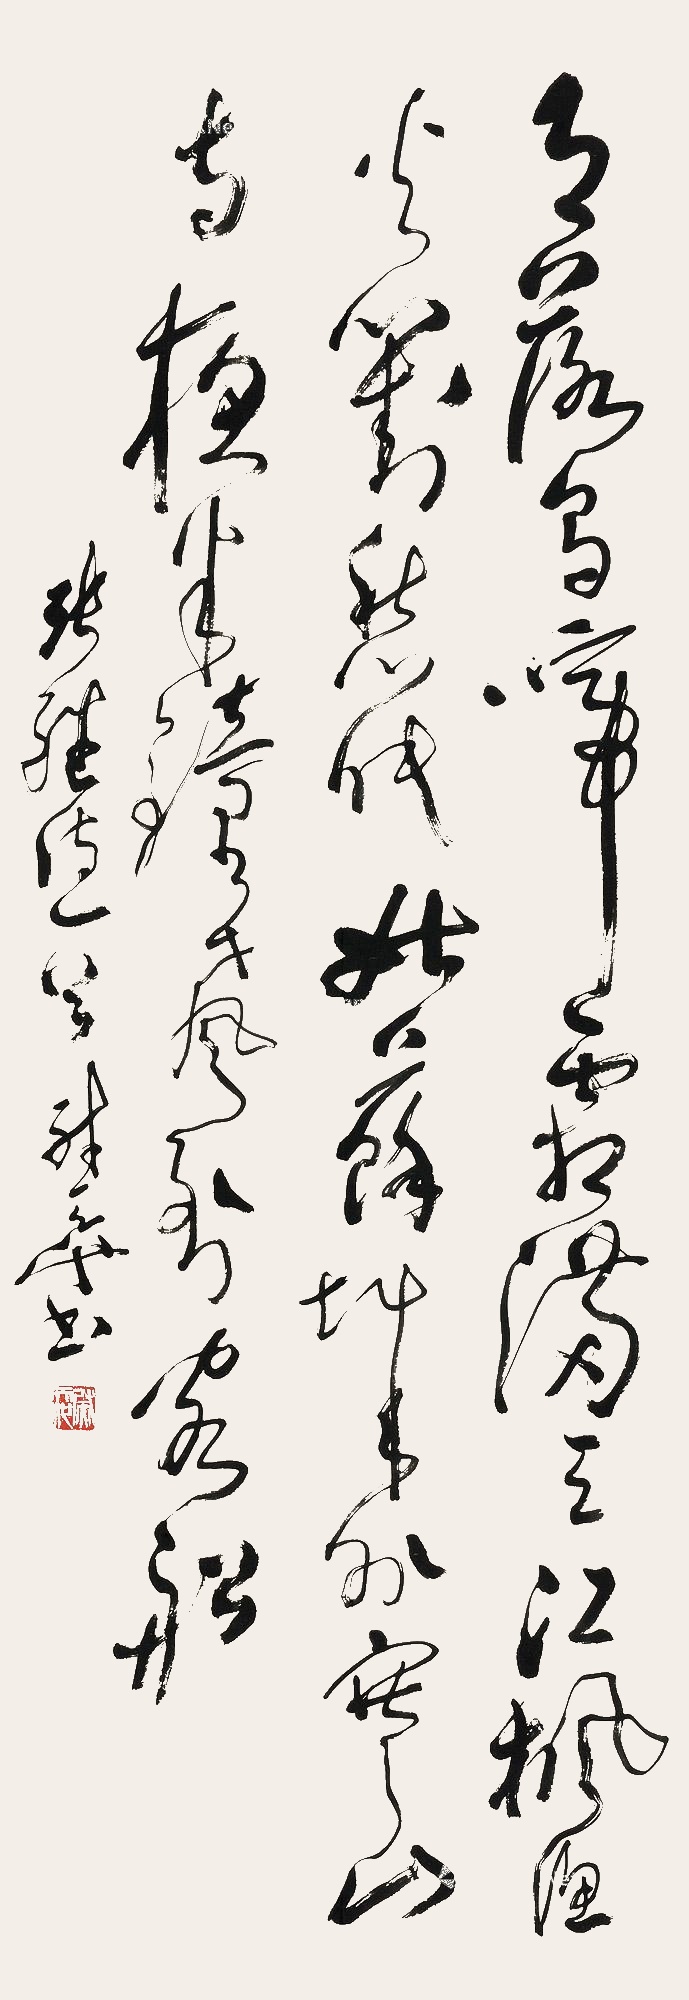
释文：月落乌啼霜满天，江枫渔火对愁眠。姑苏城外寒山寺，夜半钟声到客船。张继诗一首尉天池书。